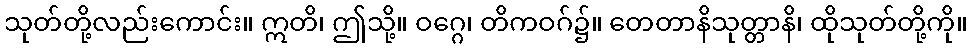
သုတ်တို့လည်းကောင်း။ ဣတိ၊ ဤသို့။ ဝဂ္ဂေ၊ တိကဝဂ်၌။ တေတာနိသုတ္တာနိ၊ ထိုသုတ်တို့ကို။